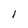
Character: 1